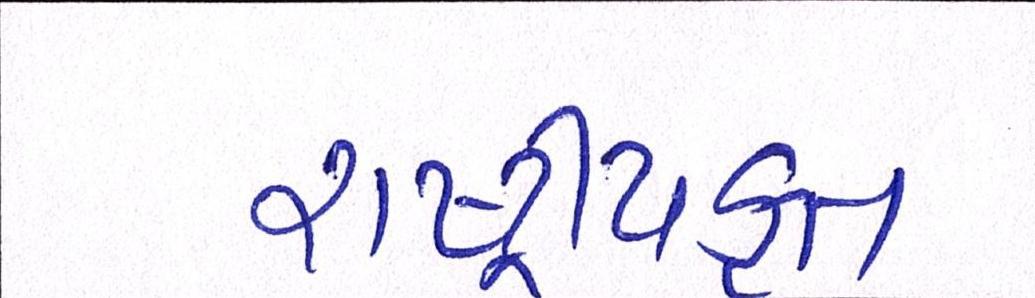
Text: રાષ્ટ્ર્રીયકૃત